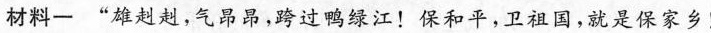
材料一”雄赳赳，气昂昂，跨过鸭绿江！保和平，卫祖国，就是保家乡！